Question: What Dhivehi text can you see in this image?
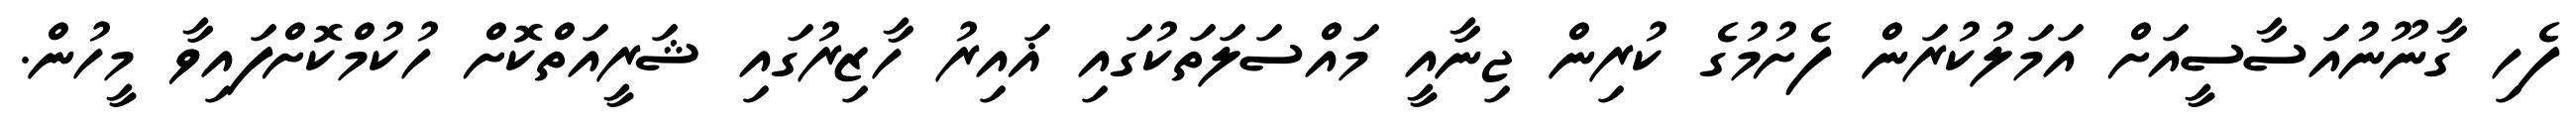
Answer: ފެހި ގާނޫނުއަސާސީއަށް އަމަލުކުރަން ފެށުމުގެ ކުރިން ޖިނާއީ މައްސަލަތަކުގައި ޣައިރު ހާޒިރުގައި ޝަރީއަތްކޮށް ހުކުމްކޮށްފައިވާ މީހުން.